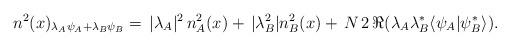
LaTeX: \begin{align*} n^2(x)_{\lambda_A\psi_A+\lambda_B\psi_B}=\,|\lambda_A|^2\,n^2_A(x)+\,|\lambda^2_B|n^2_B(x)+\,N\,2 \,\Re (\lambda_A\lambda^*_B\langle\psi_A|\psi^*_B\rangle). \end{align*}